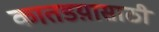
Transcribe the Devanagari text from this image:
कातडय़ासाठी